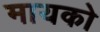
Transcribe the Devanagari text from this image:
मायको